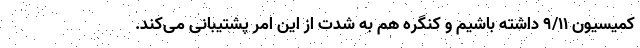
کمیسیون ۹/۱۱ داشته باشیم و کنگره هم به شدت از این امر پشتیبانی می‌کند.